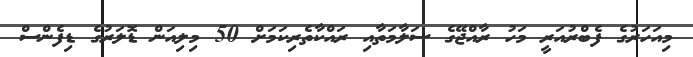
މިއަހަރުގެ ފެބްރުއަރީ މަހު ރާއްޖޭގެ ސަލާމަތާއި ރައްކާތެރިކަމަށް 50 މިލިއަން ޑޮލަރުގެ ޑިފެންސް